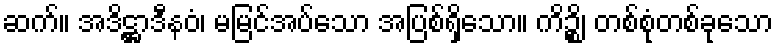
ဆက်။ အဒိဋ္ဌာဒီနဝံ၊ မမြင်အပ်သော အပြစ်ရှိသော။ ကိဉ္စိ၊ တစ်စုံတစ်ခုသော